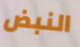
النبض